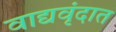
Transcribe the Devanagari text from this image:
वाद्यवृंदात